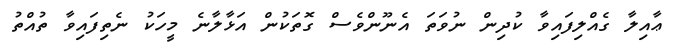
ޢާއިލާ ގެއްލިފައިވާ ކުދިން ނުވަތަ އެނޫންވެސް ގޮތަކުން އަޅާލާނެ މީހަކު ނެތިފައިވާ ތުއްތު